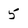
Character: 5